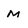
Character: M